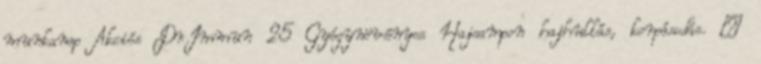
munkanap Akciós Dr.Immun 25 Gyógynövényes Hajsampon hajhullás, korpásodás. »